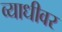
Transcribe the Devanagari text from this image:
व्याधीवर